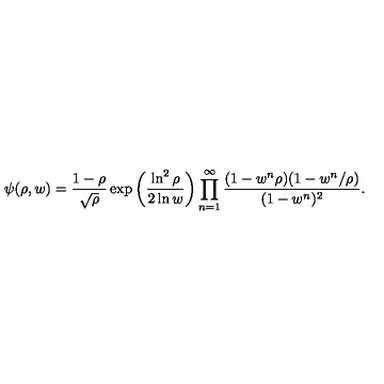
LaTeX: \psi ( \rho , w ) = { \frac { 1 - \rho } { \sqrt \rho } } \exp \left( { \frac { \ln ^ { 2 } \rho } { 2 \ln w } } \right) \prod _ { n = 1 } ^ { \infty } { \frac { ( 1 - w ^ { n } \rho ) ( 1 - w ^ { n } / \rho ) } { ( 1 - w ^ { n } ) ^ { 2 } } } .